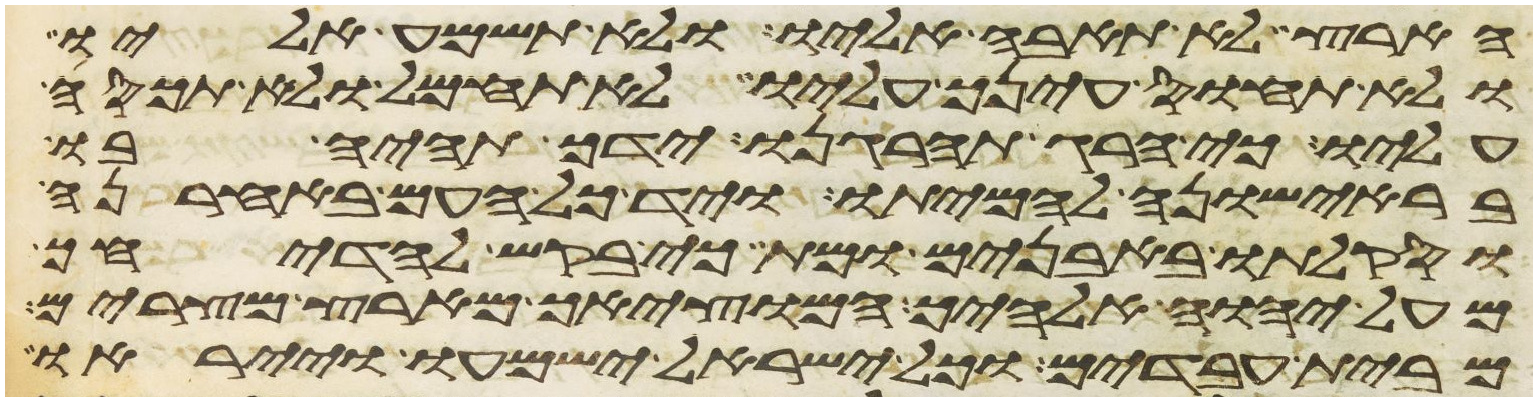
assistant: הארץ לא תאבה אליו ולא תשמע אליו
ולא תחוס עינך עליו ולא תחמל ולא תכסה
וסקלתו באבנים ומת כי בקש להדיחך
מעל יהוה אלהיך המוציאך מארץ מצרים
מעל יהוה אלהים המוציאך מארץ מצרים
מבית עבדים וכל ישראל ישמעו וייראו